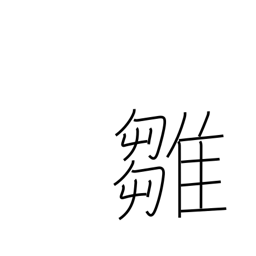
Meaning: chick